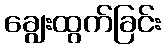
ချွေးထွက်ခြင်း